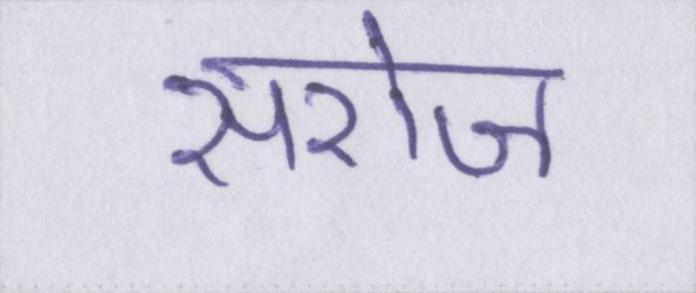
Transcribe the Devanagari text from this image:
सरोज